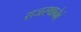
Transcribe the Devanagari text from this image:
राजस्थानेवं